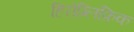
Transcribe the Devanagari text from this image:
हिरोग्लिफ़िक